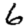
Digit: 6